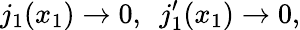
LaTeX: j_{1}(x_{1})\rightarrow 0,\ \ j_{1}^{\prime}(x_{1})\rightarrow 0,